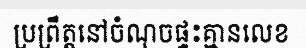
ប្រព្រឹត្តនៅចំណុចផ្ទះគ្មានលេខ